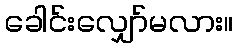
ခေါင်းလျှော်မလား။